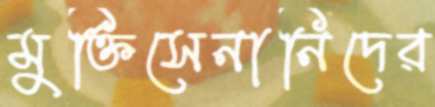
মুক্তিসেনানিদের